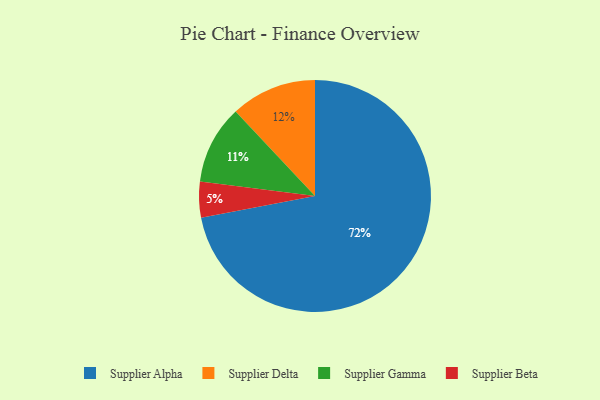
{"axis": {"x": "Category", "y": "Percentage"}, "legend": ["Supplier Alpha", "Supplier Beta", "Supplier Delta", "Supplier Gamma"], "data": [{"x": "Supplier Gamma", "y": 11, "type": "Supplier Gamma"}, {"x": "Supplier Alpha", "y": 72, "type": "Supplier Alpha"}, {"x": "Supplier Beta", "y": 5, "type": "Supplier Beta"}, {"x": "Supplier Delta", "y": 12, "type": "Supplier Delta"}]}